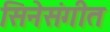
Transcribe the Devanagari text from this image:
सिनेसंगीत